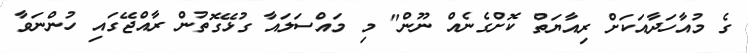
ގެ މުއާހަދާއަކަށް ރިއާޔަތް ކޮށްގެނެއް ނޫން" މި މައްސަލައާ ގުޅޭގޮތުން ރާއްޖޭގައި ހުންނަވާ